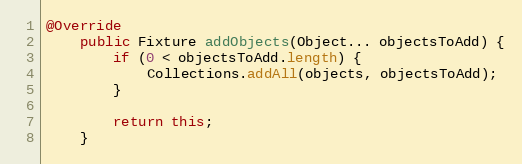
Language: Java
@Override
	public Fixture addObjects(Object... objectsToAdd) {
		if (0 < objectsToAdd.length) {
			Collections.addAll(objects, objectsToAdd);
		}

		return this;
	}